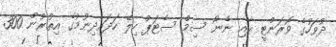
ދުވަހުގެ ވޮރަންޓީ އާއި ނެނޯ ސިމް ސެޓަޕް ހިލޭ ހަދައިދިނުމުގެ އިތުރުން 300